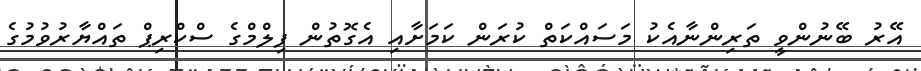
އޭރު ބޭނުންވީ ތަރިންނާއެކު މަސައްކަތް ކުރަން ކަމަށާއި އެގޮތުން ފިލްމްގެ ސްކްރިޕް ތައްޔާރުވުމުގެ